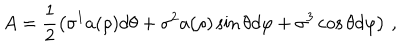
LaTeX: A = \frac { 1 } { 2 } \left( \sigma ^ { 1 } a ( \rho ) d \theta + \sigma ^ { 2 } a ( \rho ) \sin \theta d \varphi + \sigma ^ { 3 } \cos \theta d \varphi \right) \, ,